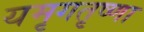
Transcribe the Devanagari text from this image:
यमृगतृष्णा